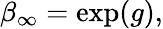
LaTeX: \beta_{\infty}=\exp(g),